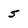
Character: 5